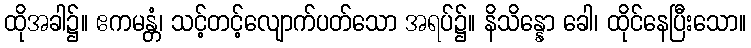
ထိုအခါ၌။ ဧကမန္တံ၊ သင့်တင့်လျောက်ပတ်သော အရပ်၌။ နိသိန္နော ခေါ၊ ထိုင်နေပြီးသော။